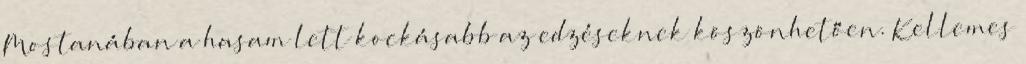
Mostanában a hasam lett kockásabb az edzéseknek köszönhetően. Kellemes